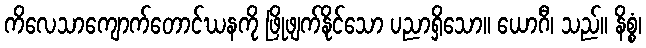
ကိလေသာကျောက်တောင်ဃနကို ဖြိုဖျက်နိုင်သော ပညာရှိသော။ ယောဂီ၊ သည်။ နိစ္စံ၊